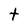
Character: t